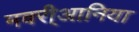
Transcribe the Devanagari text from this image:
मवरी्आनिया